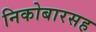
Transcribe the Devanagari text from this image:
निकोबारसह